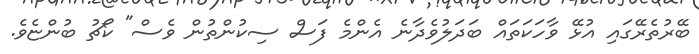
ބޭރުތެރޭގައި އުޅޭ ވާހަކަތައް ބަދަލުވެދާނެ އެންމެ ފަސް ސިކުންތުން ވެސް" ކޯޗު ބުންޏެވެ.